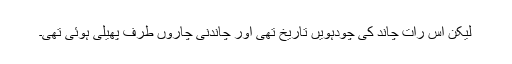
لیکن اس رات چاند کی چودہویں تاریخ تھی اور چاندنی چاروں طرف پھیلی ہوئی تھی۔